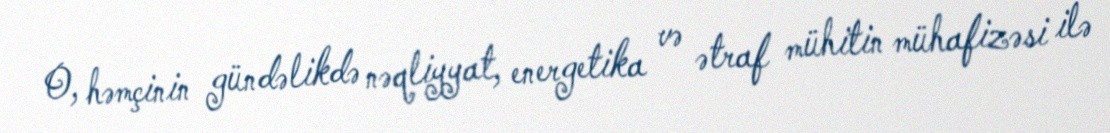
O, həmçinin gündəlikdə nəqliyyat, energetika və ətraf mühitin mühafizəsi ilə